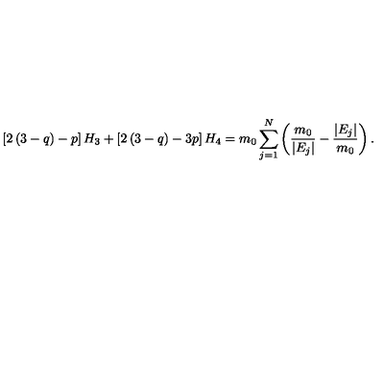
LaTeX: \left[ 2 \left( 3 - q \right) - p \right] H _ { 3 } + \left[ 2 \left( 3 - q \right) - 3 p \right] H _ { 4 } = m _ { 0 } \sum _ { j = 1 } ^ { N } \left( \frac { m _ { 0 } } { \vert E _ { j } \vert } - \frac { \vert E _ { j } \vert } { m _ { 0 } } \right) .